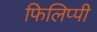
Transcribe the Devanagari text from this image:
फिलिप्पी